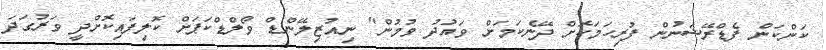
ކަންކަން ފެޑްރޭޝަނުން ފުރިހަމަކޮށް ދޭނެކަމަށް ވައުދު ވުމުން" ނިއުޒިލޭންޑް ވޯލްޑްކަޕަށް ކޮލިފައިކޮށްދީ ވަރުގަދަ